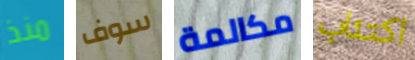
منذ سوف مكالمة اكتئاب